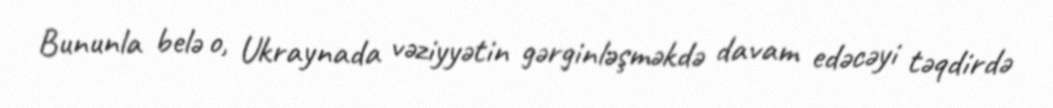
Bununla belə o, Ukraynada vəziyyətin gərginləşməkdə davam edəcəyi təqdirdə